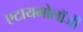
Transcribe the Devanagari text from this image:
एटायमोलॉजी